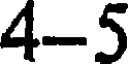
4-5